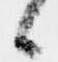
候